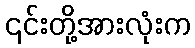
၎င်းတို့အားလုံးက